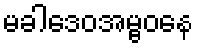
မခါဒေဝအမ္ဗဝနေ